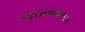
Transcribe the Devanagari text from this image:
ब्यूटाइलएमाइन